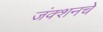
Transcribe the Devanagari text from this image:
जंक्शनचे